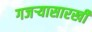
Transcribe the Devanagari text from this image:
गजर्‍यासारखी